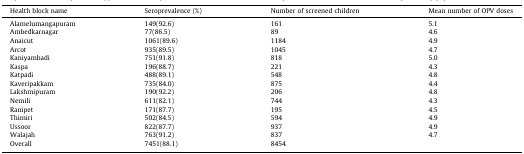
| Health block name | Seroprevalence (%) | Number of screened children | Mean number of OPV doses |
 | --- | --- | --- | --- |
 | Alamelumangapuram | 149(92.6) | 161 | 5.1 |
 | Ambedkarnagar | 77(86.5) | 89 | 4.6 |
 | Anaicut | 1061(89.6) | 1184 | 4.9 |
 | Arcot | 935(89.5) | 1045 | 4.7 |
 | Kaniyambadi | 751(91.8) | 818 | 5.0 |
 | Kaspa | 196(88.7) | 221 | 4.3 |
 | Katpadi | 488(89.1) | 548 | 4.8 |
 | Kaveripakkam | 735(84.0) | 875 | 4.4 |
 | Lakshmipuram | 190(92.2) | 206 | 4.8 |
 | Nemili | 611(82.1) | 744 | 4.3 |
 | Ranipet | 171(87.7) | 195 | 4.5 |
 | Thimiri | 502(84.5) | 594 | 4.9 |
 | Ussoor | 822(87.7) | 937 | 4.9 |
 | Walajah | 763(91.2) | 837 | 4.7 |
 | Overall | 7451(88.1) | 8454 |  |